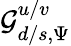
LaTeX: \mathcal{G}_{d/s,\Psi}^{u/v}